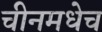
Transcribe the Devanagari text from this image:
चीनमधेच